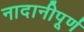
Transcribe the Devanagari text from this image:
नादानीपूर्ण